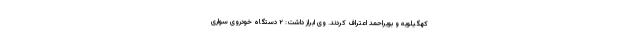
کهگیلویه و بویراحمد اعتراف کردند. وی ابراز داشت: ۲ دستگاه خودروی سواری